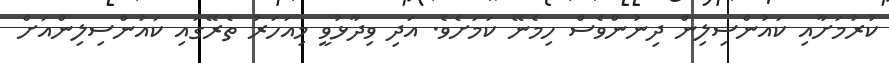
ކުރުމަށާއި ކައުންސިލިން ދިނުންވެސް ހިމެނޭ ކަމަށެވެ. އަދި ވިދާޅުވީ މިއަހަރު ތެރޭގައި ކައުންސިލިންއަށް